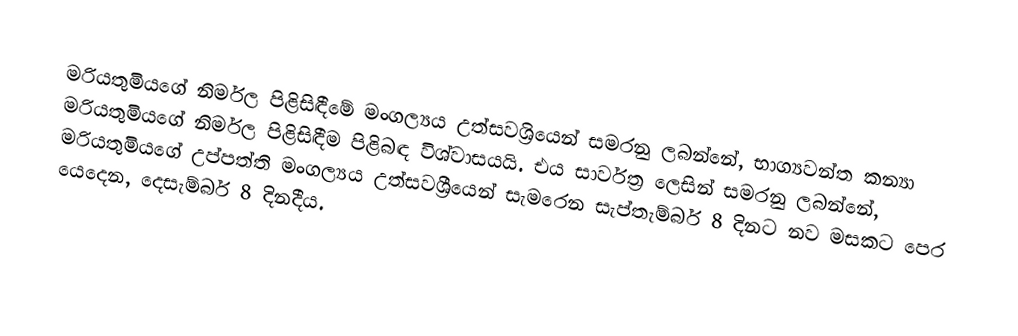
මරියතුමියගේ නිර්මල පිළිසිඳීමේ මංගල්‍යය උත්සවශ්‍රියෙන් සමරනු ලබන්නේ,   භාග්‍යවන්ත කන්‍යා මරියතුමියගේ   නිර්මල පිළිසිඳීම පිළිබඳ විශ්වාසයයි. එය සාර්වත්‍ර ලෙසින් සමරනු ලබන්නේ,  මරියතුමියගේ උප්පත්ති මංගල්‍යය උත්සවශ්‍රීයෙන් සැමරෙන සැප්තැම්බර් 8 දිනට නව මසකට පෙර යෙදෙන, දෙසැම්බර් 8 දිනදීය.